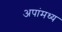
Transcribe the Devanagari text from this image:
अपांमध्य